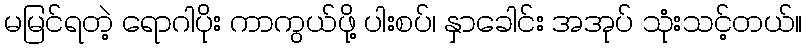
မမြင်ရတဲ့ ရောဂါပိုး ကာကွယ်ဖို့ ပါးစပ်၊ နှာခေါင်း အအုပ် သုံးသင့်တယ်။